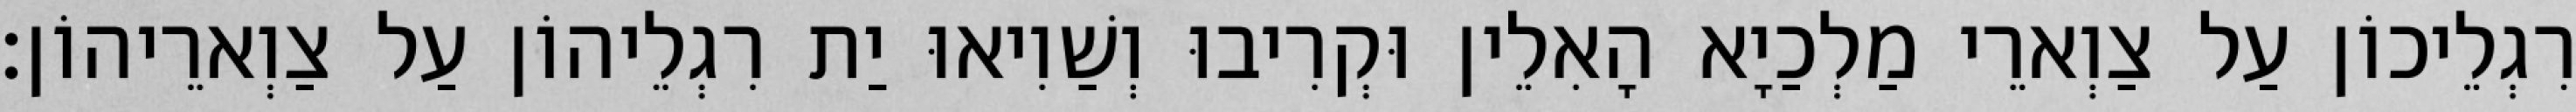
רִגְלֵיכוֹן עַל צַוְארֵי מַלְכַיָא הָאִלֵין וּקְרִיבוּ וְשַׁוִיאוּ יַת רִגְלֵיהוֹן עַל צַוְארֵיהוֹן׃